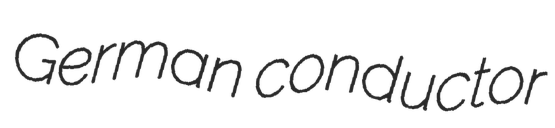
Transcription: German conductor